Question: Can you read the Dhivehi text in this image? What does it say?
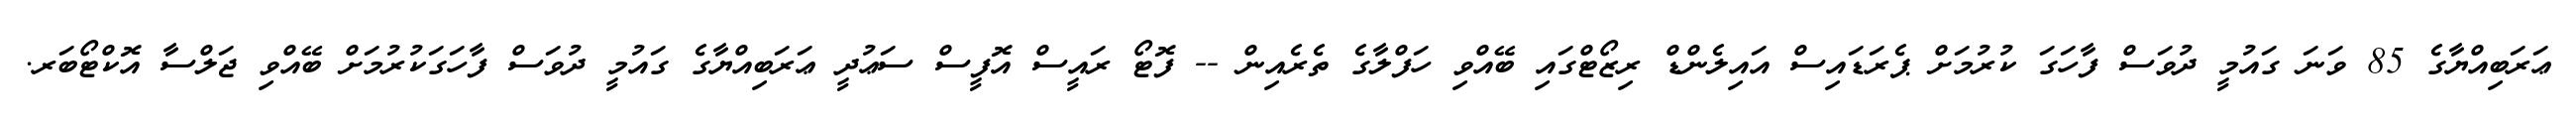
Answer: ޢަރަބިއްޔާގެ 85 ވަނަ ގައުމީ ދުވަސް ފާހަގަ ކުރުމަށް ޕެރަޑައިސް އައިލެންޑް ރިޒޯޓްގައި ބޭއްވި ހަފްލާގެ ތެރެއިން -- ފޮޓޯ ރައީސް އޮފީސް ސަޢުދީ ޢަރަބިއްޔާގެ ގައުމީ ދުވަސް ފާހަގަކުރުމަށް ބޭއްވި ޖަލްސާ އޮކްޓޯބަރ.